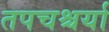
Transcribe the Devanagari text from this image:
तपचश्चर्या